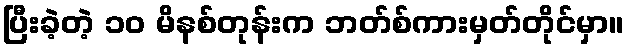
ပြီးခဲ့တဲ့ ၁၀ မိနစ်တုန်းက ဘတ်စ်ကားမှတ်တိုင်မှာ။